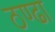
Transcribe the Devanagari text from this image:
ठण्ढा